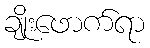
ချိုးဖောက်ရာ